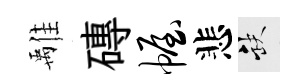
𩀌磚幄悲缺